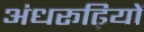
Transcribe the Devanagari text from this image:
अंधरूढ़ियों